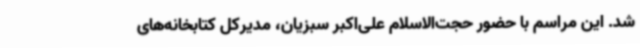
شد. این مراسم با حضور حجت‌الاسلام علی‌اکبر سبزیان، مدیرکل کتابخانه‌های